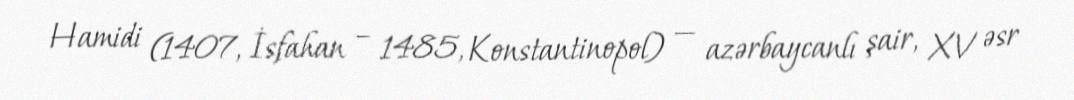
Hamidi (1407, İsfahan – 1485, Konstantinopol) — azərbaycanlı şair, XV əsr